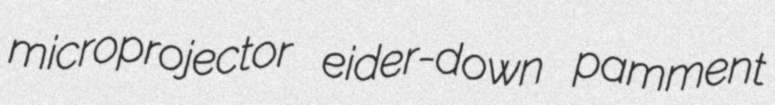
microprojector eider-down pamment